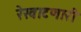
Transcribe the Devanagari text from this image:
रेखाटणारी